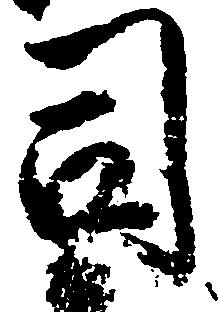
司